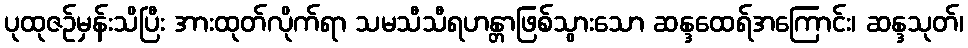
ပုထုဇဉ်မှန်းသိပြီး အားထုတ်လိုက်ရာ သမသီသီရဟန္တာဖြစ်သွားသော ဆန္ဒထေရ်အကြောင်း၊ ဆန္ဒသုတ်၊